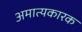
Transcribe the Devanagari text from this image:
अमात्यकारक